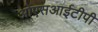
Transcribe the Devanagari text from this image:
ओएसआईटीपी